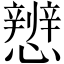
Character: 𪭀